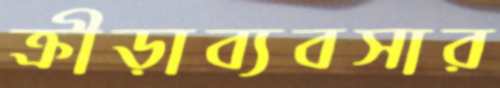
ক্রীড়াব্যবসার